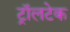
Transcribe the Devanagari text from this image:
ट्रॉलटेक